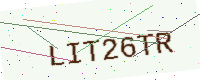
Text: LIT26TR